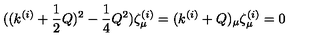
( ( k ^ { ( i ) } + \frac { 1 } { 2 } Q ) ^ { 2 } - \frac { 1 } { 4 } Q ^ { 2 } ) \zeta _ { \mu } ^ { ( i ) } = ( k ^ { ( i ) } + Q ) _ { \mu } \zeta _ { \mu } ^ { ( i ) } = 0